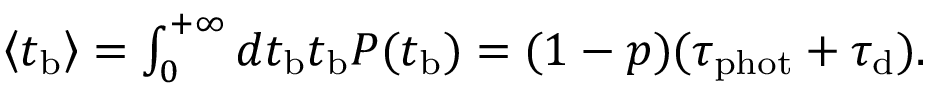
\begin{array} { r } { \left\langle t _ { \mathrm { b } } \right\rangle = \int _ { 0 } ^ { + \infty } d t _ { \mathrm { b } } t _ { \mathrm { b } } P ( t _ { \mathrm { b } } ) = ( 1 - p ) ( \tau _ { \mathrm { p h o t } } + \tau _ { \mathrm { d } } ) . } \end{array}